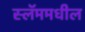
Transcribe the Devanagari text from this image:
स्लॅममधील